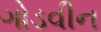
ગોડવીન